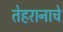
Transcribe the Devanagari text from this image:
तेहरानाचे